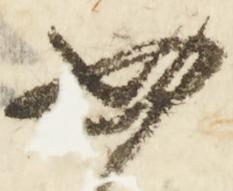
如